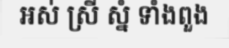
អស់ ស្រី ស្នំ ទាំងពួង